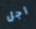
أجل